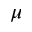
\mu